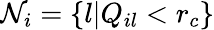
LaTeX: \mathcal{N}_{i}=\{ l\vert Q_{il}<r_{c}\}